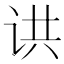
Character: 䜤